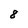
Character: 8